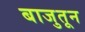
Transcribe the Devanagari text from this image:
बाजुतून